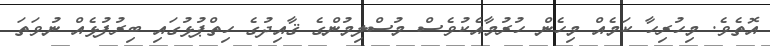
އޮތެވެ. މިހުރިހާ ކަމެއް މިހެން ހުރުމާއެކުވެސް މުސްލިމުންގެ ޤާއިދުގެ ހިތްޕުޅުގައި ބިރުފުޅެއް ނުވަތަ